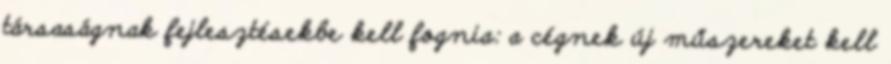
társaságnak fejlesztésekbe kell fognia: a cégnek új műszereket kell